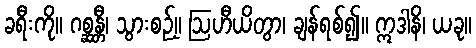
ခရီးကို။ ဂစ္ဆန္တီ၊ သွားစဉ့်။ ဩဟီယိတွာ၊ ချန်ရစ်၍။ ဣဒါနိ၊ ယခု။